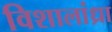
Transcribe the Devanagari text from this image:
विशालांध्रा